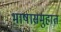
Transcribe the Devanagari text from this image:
भाषासमुहात